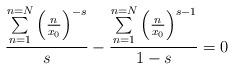
LaTeX: \begin{align*}\frac{\underset{n=1}{\overset{n=N}{\sum }}\left(\frac{n}{x_0}\right)^{-s}}{s}-\frac{\underset{n=1}{\overset{n=N}{\sum }}\left(\frac{n}{x_0}\right)^{s-1}}{1-s}=0 \end{align*}